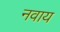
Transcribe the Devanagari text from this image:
नवाय